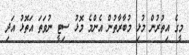
މީގެ އިތުރުން މުޅި މުބާރާތުން އެންމެ މޮޅު ސިޓީ ނުވަތަ އަތޮޅު އަދި